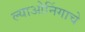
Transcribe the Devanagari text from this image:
ल्याओनिंगाचे